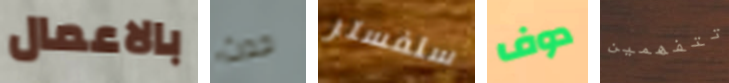
بالاعمال حدث سلفستر دوف تتفهمين